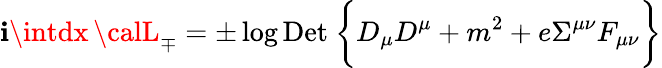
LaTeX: \mathbf{i}\intdx\, {\calL}_{\mp}=\pm\log\mathrm{{Det\ }}\biggl\{ D_{\mu}D^{\mu}+m^{2}+e\Sigma^{\mu\nu}F_{\mu\nu}\biggr\}